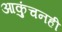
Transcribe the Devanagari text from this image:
आकुंचनही